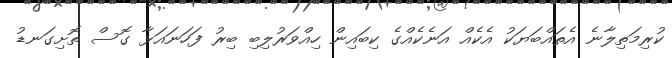
ކުރިމަތިލާނެ އެތައްބަޔަކު އެކެއް އަނެކެއްގެ ކިބައިން ހިއްވަރުލިބި ބިރު ފަހަނައަޅާ ގޮސް ތޮށިގަނޑު